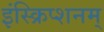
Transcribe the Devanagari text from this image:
इंस्क्रिप्शनम्